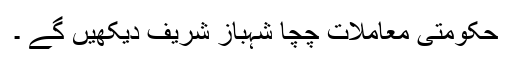
حکومتی معاملات چچا شہباز شریف دیکھیں گے ۔